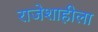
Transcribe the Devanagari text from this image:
राजेशाहीला